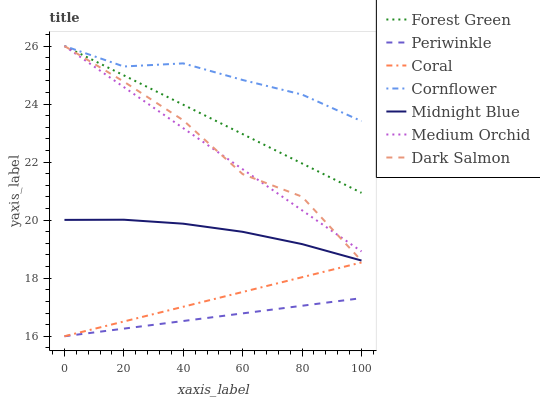
| xaxis_label | Forest Green | Periwinkle | Coral | Cornflower | Midnight Blue | Medium Orchid | Dark Salmon |
 | --- | --- | --- | --- | --- | --- | --- | --- |
 | 0 | 26 | 16 | 16 | 26 | 20 | 26 | 26 |
 | 20 | 25 | 16.3 | 16.5 | 25.3 | 20 | 24.6 | 24.8 |
 | 40 | 24 | 16.5 | 17 | 25.4 | 19.9 | 23.2 | 23.4 |
 | 60 | 23 | 16.8 | 17.5 | 24.8 | 19.6 | 21.8 | 21.6 |
 | 80 | 22 | 17.1 | 18 | 24.3 | 19.2 | 20.3 | 20.8 |
 | 100 | 20.9 | 17.3 | 18.5 | 23.4 | 18.6 | 18.9 | 18.6 |